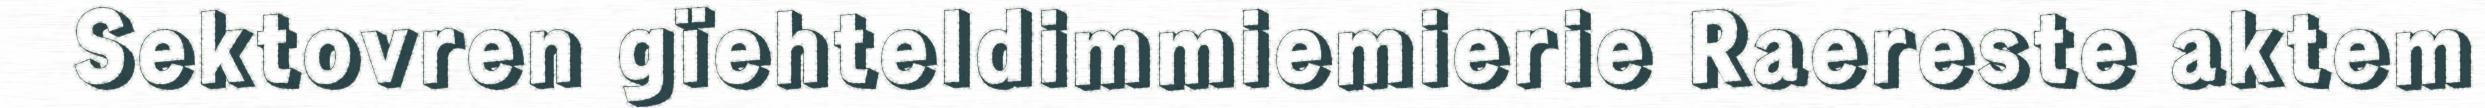
Sektovren gïehteldimmiemierie Raereste aktem